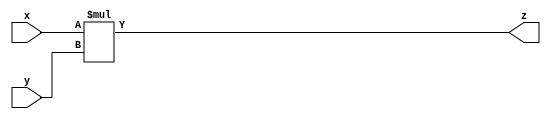
module and_21(
    input x,
    input y,
    output z
    );
    
    assign z = x*y;
endmodule